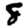
Digit: 8